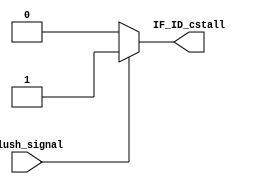
`timescale 1ps / 1ps
//////////////////////////////////////////////////////////////////////////////////
// Company: 
// Engineer: 
// 
// Design Name: 
// Module Name: Control_Stall
// Project Name: 
// Target Devices: 
// Tool Versions: 
// Description: 
// 
// Dependencies: 
// 
// Revision:
// Revision 0.01 - File Created
// Additional Comments:
// 
//////////////////////////////////////////////////////////////////////////////////


module Control_Stall(
        input flush_signal,
        output reg IF_ID_cstall
    );
    always @ (*) begin
        IF_ID_cstall = 1'b0;
        if (flush_signal) begin
            IF_ID_cstall = 1'b1;
        end
    end
endmodule